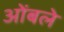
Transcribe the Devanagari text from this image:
ओंबले